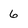
Character: 6